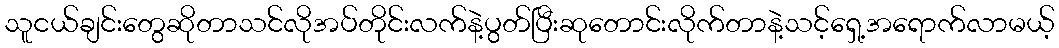
သူငယ်ချင်းတွေဆိုတာသင်လိုအပ်တိုင်းလက်နဲ့ပွတ်ပြီးဆုတောင်းလိုက်တာနဲ့သင့်ရှေ့အရောက်လာမယ့်